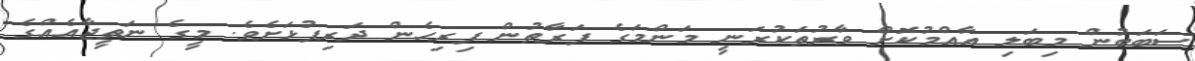
ސަބަބުން މިބަލި އާއްމުކޮށް ވާރުތަކުރަނީ މަންމަގެ ފަރާތުން ފިރިހެން ދަރިފުޅަށެވެ. މީގެ ނަތީޖާއެއްގެ